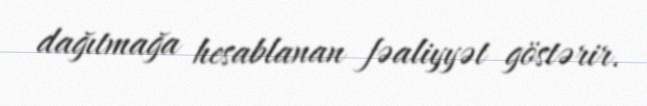
dağıtmağa hesablanan fəaliyyət göstərir.